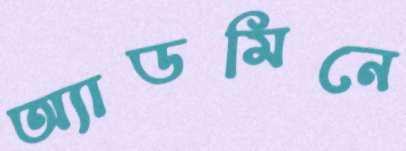
অ্যাডমিনে